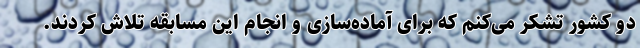
دو کشور تشکر می‌کنم که برای آماده‌سازی و انجام این مسابقه تلاش کردند.